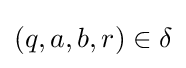
(q,a,b,r)\in \delta